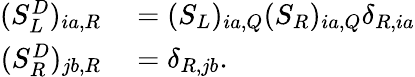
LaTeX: \begin{array}{rl}{(S_{L}^{D})_{ia,R}}&{{}=(S_{L})_{ia,Q}(S_{R})_{ia,Q}\delta_{R,ia}}\\ {(S_{R}^{D})_{jb,R}}&{{}=\delta_{R,jb}.}\end{array}